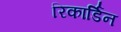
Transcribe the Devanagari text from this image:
रिकार्डिन